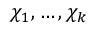
\chi _ { 1 } , \ldots , \chi _ { k }